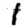
Digit: 1